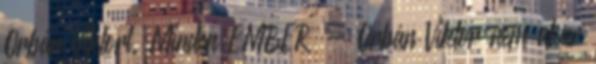
Orbán Viktort. Minden EMBER - Orbán Viktor nem akar